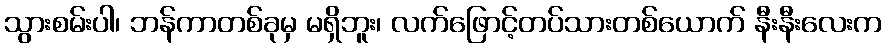
သွားစမ်းပါ၊ ဘန်ကာတစ်ခုမှ မရှိဘူး၊ လက်ဖြောင့်တပ်သားတစ်ယောက် နီးနီးလေးက